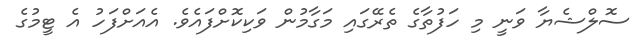
ސޮލްޝެޔާ ވަނީ މި ހަފުތާގެ ތެރޭގައި މަގާމުން ވަކިކޮށްފައެވެ. އެއަށްފަހު އެ ޓީމުގެ